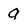
Character: g